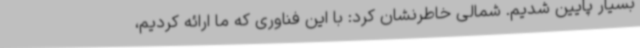
بسیار پایین شدیم. شمالی خاطرنشان کرد: با این فناوری که ما ارائه کردیم،